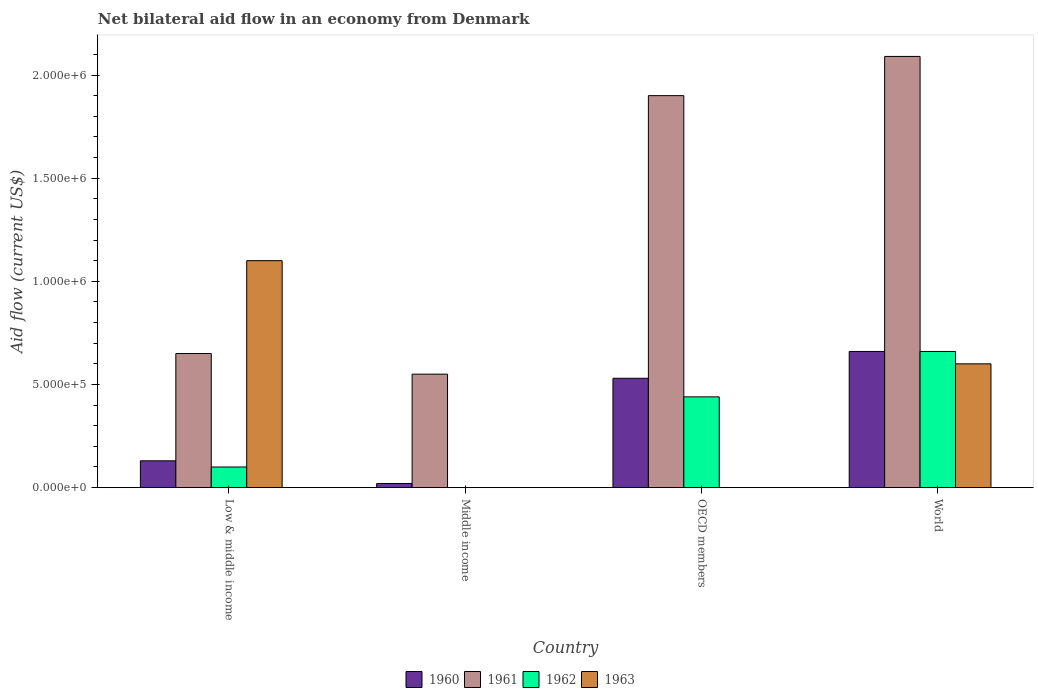
| Country | 1960 | 1961 | 1962 | 1963 |
 | --- | --- | --- | --- | --- |
 | Low & middle income | 1.3e+05 | 6.5e+05 | 1e+05 | 1.1e+06 |
 | Middle income | 2e+04 | 5.5e+05 | -1.2e+05 | -1e+05 |
 | OECD members | 5.3e+05 | 1.9e+06 | 4.4e+05 | -6e+05 |
 | World | 6.6e+05 | 2.09e+06 | 6.6e+05 | 6e+05 |